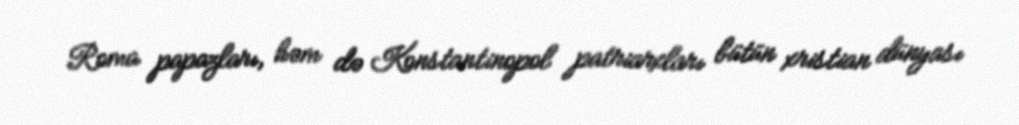
Roma papazları, həm də Konstantinopol patriarxları bütün xristian dünyası